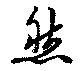
然